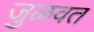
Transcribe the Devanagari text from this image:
जुळवत